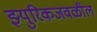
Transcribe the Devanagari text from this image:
झ्युरिकजवळील